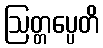
ဩတ္တပ္ပေတိ